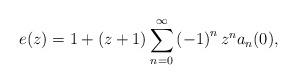
LaTeX: \begin{align*}e(z)=1+\left( z+1\right) \sum_{n=0}^{\infty}\left( -1\right) ^{n}z^{n}a_{n}(0), \end{align*}